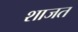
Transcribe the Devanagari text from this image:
शाजत